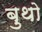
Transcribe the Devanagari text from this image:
बुथो